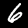
Label: 6